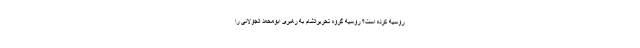
روسیه کرده است؟ روسیه گروه تحریرالشام به رهبری ابومحمد الجولانی را